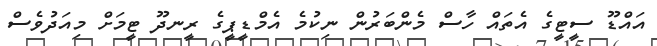
އައްޑޫ ސީޓީގެ އެތައް ހާސް މެންބަރުން ނިކުމެ އެމްޑީޕީގެ ރީނދޫ ޓީމަށް މިއަދުވެސް